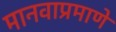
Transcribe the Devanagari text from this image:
मानवाप्रमाणे